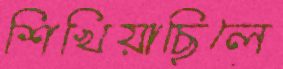
শিখিয়াছিলে